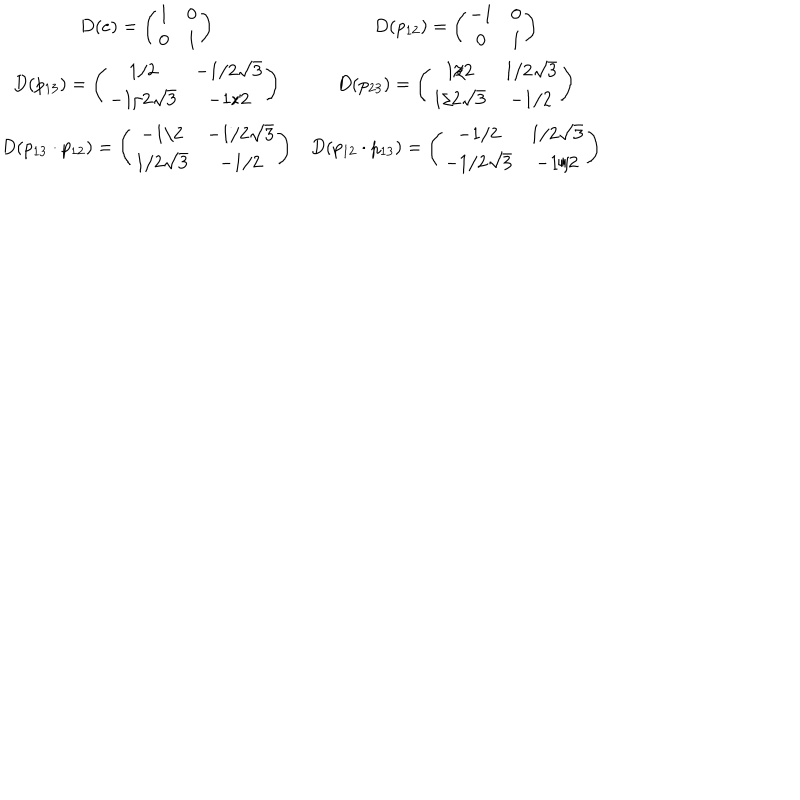
\begin{array} { c c } { { \def \arraystretch { 1 } D ( e ) = \left( \begin{array} { c c } { { 1 } } & { { 0 } } \\ { { 0 } } & { { 1 } } \\ \end{array} \right) } } & { { D ( p _ { 1 2 } ) = \left( \begin{array} { c c } { { - 1 } } & { { 0 } } \\ { { 0 } } & { { 1 } } \\ \end{array} \right) } } \\ { { D ( p _ { 1 3 } ) = \left( \begin{array} { c c } { { 1 / 2 } } & { { - 1 / 2 \sqrt { 3 } } } \\ { { - 1 / 2 \sqrt { 3 } } } & { { - 1 / 2 } } \\ \end{array} \right) } } & { { D ( p _ { 2 3 } ) = \left( \begin{array} { c c } { { 1 / 2 } } & { { 1 / 2 \sqrt { 3 } } } \\ { { 1 / 2 \sqrt { 3 } } } & { { - 1 / 2 } } \\ \end{array} \right) } } \\ { { D ( p _ { 1 3 } \cdot p _ { 1 2 } ) = \left( \begin{array} { c c } { { - 1 / 2 } } & { { - 1 / 2 \sqrt { 3 } } } \\ { { 1 / 2 \sqrt { 3 } } } & { { - 1 / 2 } } \\ \end{array} \right) } } & { { D ( p _ { 1 2 } \cdot p _ { 1 3 } ) = \left( \begin{array} { c c } { { - 1 / 2 } } & { { 1 / 2 \sqrt { 3 } } } \\ { { - 1 / 2 \sqrt { 3 } } } & { { - 1 / 2 } } \\ \end{array} \right) } } \\ \end{array}